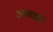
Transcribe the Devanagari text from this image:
आवडलं